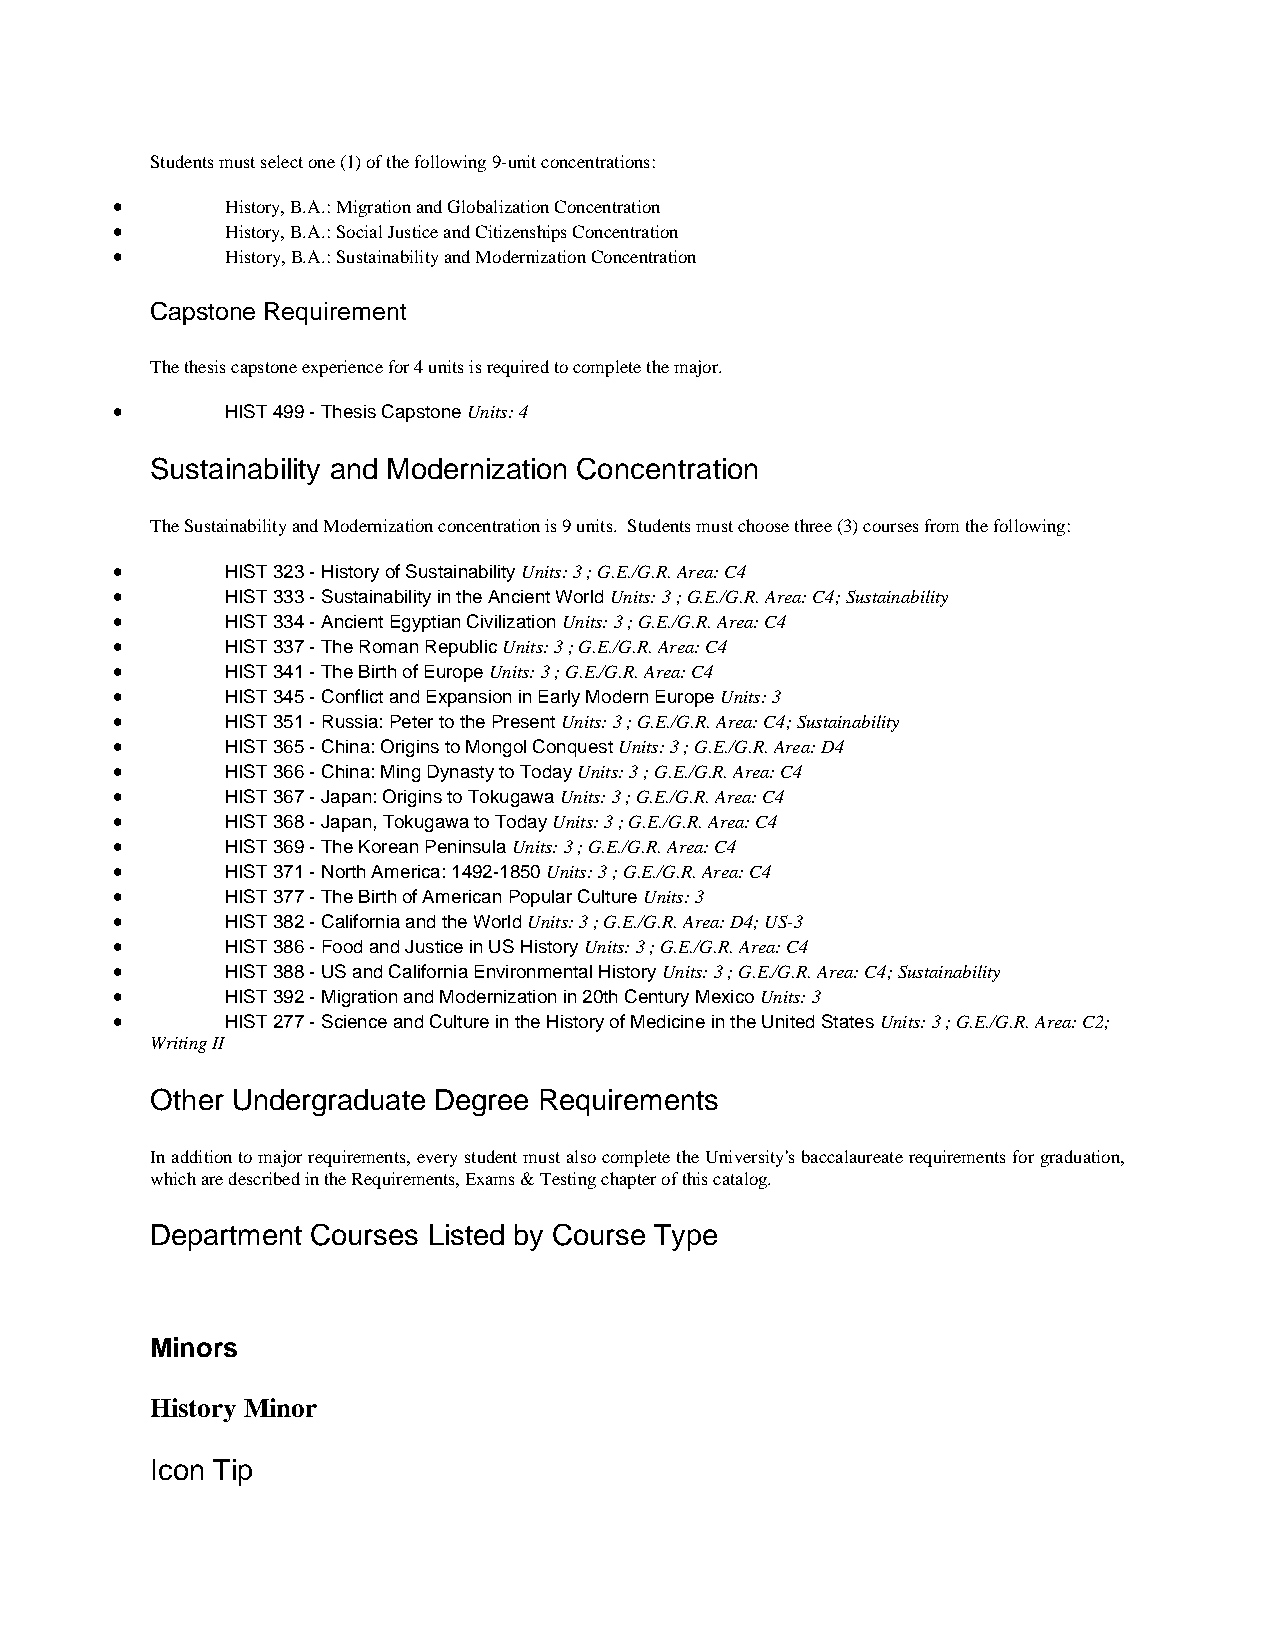
Students must select one (1) of the following 9-unit concentrations:
 •       History, B.A.: Migration and Globalization Concentration
 •       History, B.A.: Social Justice and Citizenships Concentration
 •       History, B.A.: Sustainability and Modernization Concentration
 Capstone Requirement
 The thesis capstone experience for 4 units is required to complete the major.
 •       HIST 499 - Thesis Capstone Units: 4
 Sustainability and Modernization Concentration
 The Sustainability and Modernization concentration is 9 units. Students must choose three (3) courses from the following:
 •       HIST 323 - History of Sustainability Units: 3 ; G.E./G.R. Area: C4
 •       HIST 333 - Sustainability in the Ancient World Units: 3 ; G.E./G.R. Area: C4; Sustainability
 •       HIST 334 - Ancient Egyptian Civilization Units: 3 ; G.E./G.R. Area: C4
 •       HIST 337 - The Roman Republic Units: 3 ; G.E./G.R. Area: C4
 •       HIST 341 - The Birth of Europe Units: 3 ; G.E./G.R. Area: C4
 •       HIST 345 - Conflict and Expansion in Early Modern Europe Units: 3
 •       HIST 351 - Russia: Peter to the Present Units: 3 ; G.E./G.R. Area: C4; Sustainability
 •       HIST 365 - China: Origins to Mongol Conquest Units: 3 ; G.E./G.R. Area: D4
 •       HIST 366 - China: Ming Dynasty to Today Units: 3 ; G.E./G.R. Area: C4
 •       HIST 367 - Japan: Origins to Tokugawa Units: 3 ; G.E./G.R. Area: C4
 •       HIST 368 - Japan, Tokugawa to Today Units: 3 ; G.E./G.R. Area: C4
 •       HIST 369 - The Korean Peninsula Units: 3 ; G.E./G.R. Area: C4
 •       HIST 371 - North America: 1492-1850 Units: 3 ; G.E./G.R. Area: C4
 •       HIST 377 - The Birth of American Popular Culture Units: 3
 •       HIST 382 - California and the World Units: 3 ; G.E./G.R. Area: D4; US-3
 •       HIST 386 - Food and Justice in US History Units: 3 ; G.E./G.R. Area: C4
 •       HIST 388 - US and California Environmental History Units: 3 ; G.E./G.R. Area: C4; Sustainability
 •       HIST 392 - Migration and Modernization in 20th Century Mexico Units: 3
 •       HIST 277 - Science and Culture in the History of Medicine in the United States Units: 3 ; G.E./G.R. Area: C2;
 Writing II
 Other Undergraduate Degree Requirements
 In addition to major requirements, every student must also complete the University's baccalaureate requirements for graduation,
 which are described in the Requirements, Exams & Testing chapter of this catalog.
 Department Courses Listed by Course Type
 Minors
 History Minor
 Icon Tip